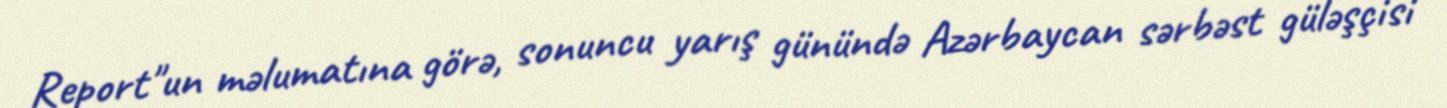
Report"un məlumatına görə, sonuncu yarış günündə Azərbaycan sərbəst güləşçisi